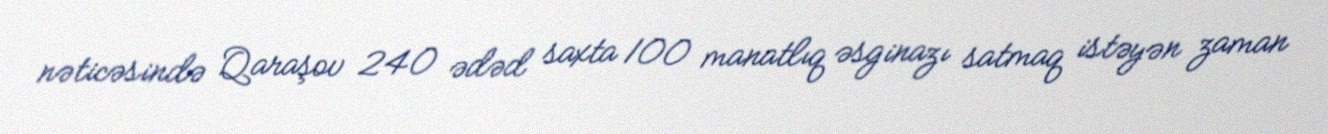
nəticəsində Qaraşov 240 ədəd saxta 100 manatlıq əsginazı satmaq istəyən zaman